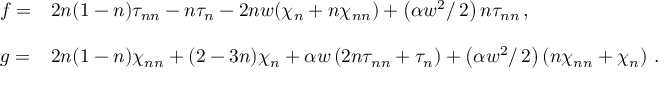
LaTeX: \begin{array} { l l } { { \displaystyle { f = } } } & { { \displaystyle { 2 n ( 1 - n ) \tau _ { n n } - n \tau _ { n } - 2 n w ( \chi _ { n } + n \chi _ { n n } ) + \left( \alpha w ^ { 2 } / \, 2 \right) n \tau _ { n n } \, , } } } \\ { { \mathrm { } } } \\ { { \displaystyle { g = } } } & { { \displaystyle { 2 n ( 1 - n ) \chi _ { n n } + ( 2 - 3 n ) \chi _ { n } + \alpha w \left( 2 n \tau _ { n n } + \tau _ { n } \right) + \left( \alpha w ^ { 2 } / \, 2 \right) \left( n \chi _ { n n } + \chi _ { n } \right) \, . } } } \end{array}